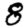
Digit: 8